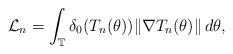
LaTeX: \begin{align*}\mathcal L_n = \int_{\mathbb T} \delta_0(T_n(\theta))\|\nabla T_n(\theta)\|\,d\theta,\end{align*}